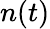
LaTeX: n(t)